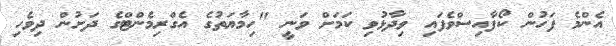
އެންމެ ފަހުން ކޯފާއިސްވެފައި ވިދާޅުވި ކަމަށް ވަނީ "ހިމާޔަތުގެ އެގްރިމެންޓްގެ ދަށުން ދިވެހި